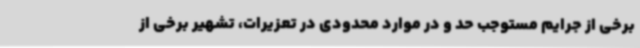
برخی از جرایم مستوجب حد و در موارد محدودی در تعزیرات، تشهیر برخی از